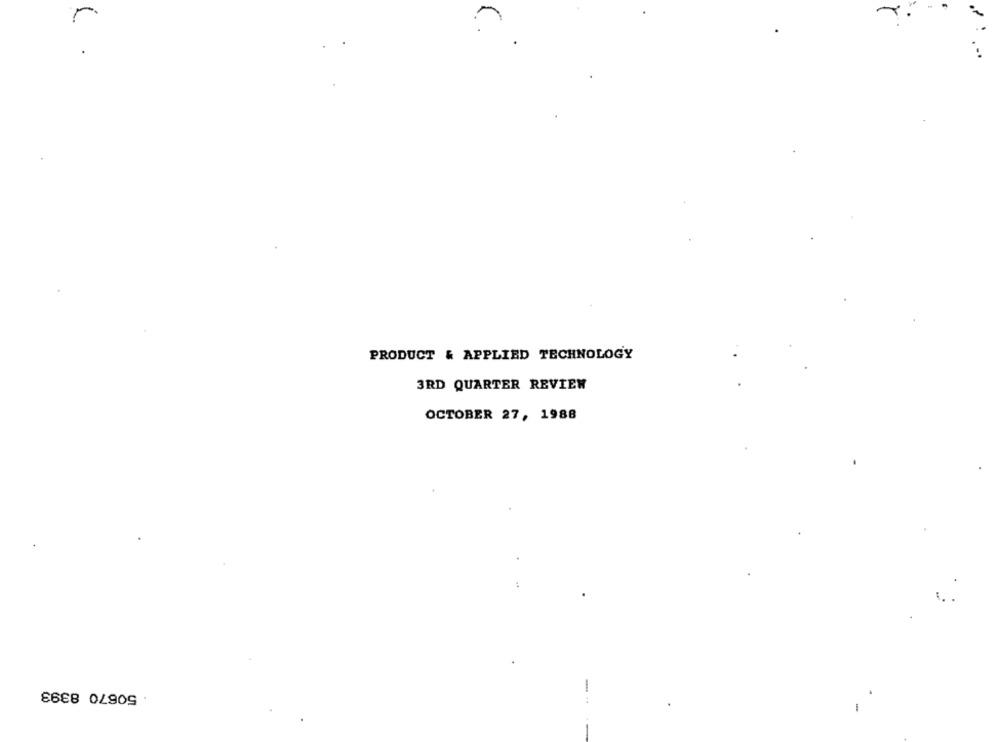
PRODUCT & APPLIED TECHNOLOGY
3RD QUARTER REVIEW
OCTOBER 27, 1988
. 50670 8393
-